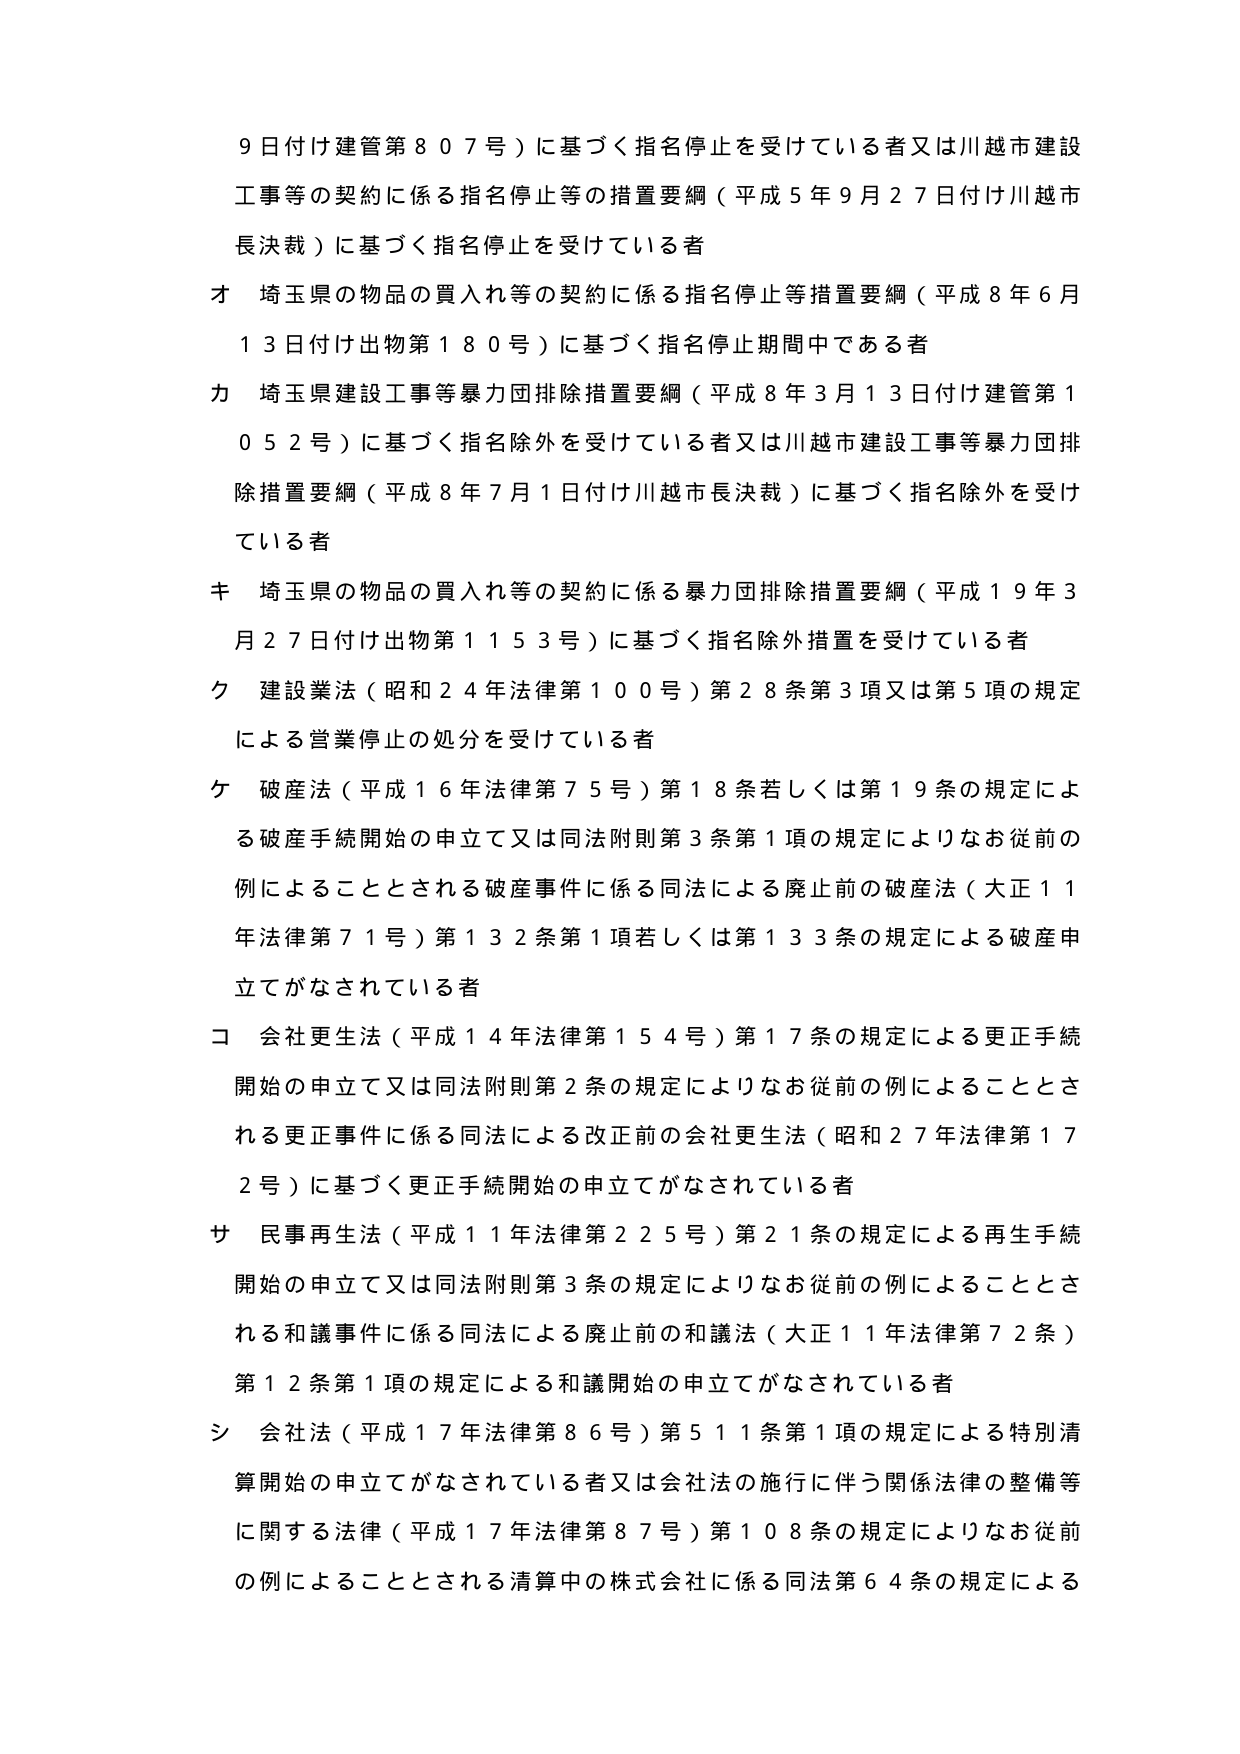
9日付け建管第807号）に基づく指名停止を受けている者又は川越市建設工事等の契約に係る指名停止等の措置要綱（平成5年9月27日付け川越市長決裁）に基づく指名停止を受けている者
オ 埼玉県の物品の買入れ等の契約に係る指名停止等措置要綱（平成8年6月13日付け出物第180号）に基づく指名停止期間中である者
カ 埼玉県建設工事等暴力団排除措置要綱（平成8年3月13日付け建管第1052号）に基づく指名除外を受けている者又は川越市建設工事等暴力団排除措置要綱（平成8年7月1日付け川越市長決裁）に基づく指名除外を受けている者
キ 埼玉県の物品の買入れ等の契約に係る暴力団排除措置要綱（平成19年3月27日付け出物第1153号）に基づく指名除外措置を受けている者
ク 建設業法（昭和24年法律第100号）第28条第3項又は第5項の規定による営業停止の処分を受けている者
ケ 破産法（平成16年法律第75号）第18条若しくは第19条の規定による破産手続開始の申立て又は同法附則第3条第1項の規定によりなお従前の例によることとされる破産事件に係る同法による廃止前の破産法（大正11年法律第71号）第132条第1項若しくは第133条の規定による破産申立てがなされている者
コ 会社更生法（平成14年法律第154号）第17条の規定による更正手続開始の申立て又は同法附則第2条の規定によりなお従前の例によることとされる更正事件に係る同法による改正前の会社更生法（昭和27年法律第172号）に基づく更正手続開始の申立てがなされている者
サ 民事再生法（平成11年法律第225号）第21条の規定による再生手続開始の申立て又は同法附則第3条の規定によりなお従前の例によることとされる和議事件に係る同法による廃止前の和議法（大正11年法律第72条）第12条第1項の規定による和議開始の申立てがなされている者
シ 会社法（平成17年法律第86号）第511条第1項の規定による特別清算開始の申立てがなされている者又は会社法の施行に伴う関係法律の整備等に関する法律（平成17年法律第87号）第108条の規定によりなお従前の例によることとされる清算中の株式会社に係る同法第64条の規定による